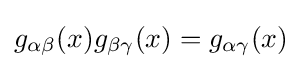
g_{\alpha \beta }(x)g_{\beta \gamma }(x)=g_{\alpha \gamma }(x)